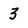
Character: 3